Mental hospitals Bombay report 1921-28 - 1921-1928
Year: 1921
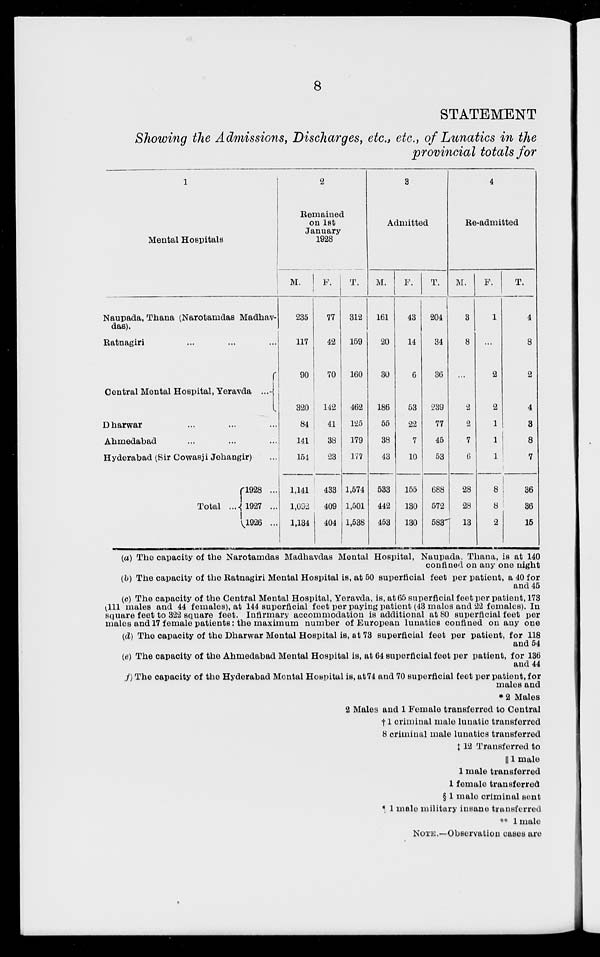
8
STATEMENT
Showing the Admissions, Discharges, etc., etc., of Lunatics in the
provincial totals for
1
Mental Hospitals
Naupada, Thana (Narotamdas Madhav¬
das).
Ratnagiri ... ... ...
Central Mental Hospital, Yeravda ...
Dharwar ... ... ...
Ahmedabad ... ... ...
Hyderabad (Sir Cowasji Jehangir) ...
Total ...
l928 ...
1927 ...
1926 ...
2
Remained
on 1st
January
1928
M.
235
117
90
320
84
141
151
1,141
1,092
1,134
F.
77
42
70
142
41
38
23
433
409
404
T.
312
159
160
462
125
179
177
1,574
1,501
1,538
3
Admitted
M.
161
20
30
186
55
38
43
533
442
453
F.
43
14
6
53
22
7
10
155
130
130
T.
204
34
36
239
77
45
53
688
572
583
4
Re-admitted
M.
3
8
...
2
2
7
6
28
28
13
F.
1
...
2
2
1
1
1
8
8
2
T.
4
8
2
4
3
8
7
36
36
15
(a) The capacity of the Narotamdas Madhavdas Mental Hospital, Naupada, Thana, is at 140
confined on any one night
(b) The capacity of the Ratnagiri Mental Hospital is, at 50 superficial feet per patient, a 40 for
and 45
(c) The capacity of the Central Mental Hospital, Yeravda, is, at 65 superficial feet per patient, 173
111 males and 44 females), at 144 superficial feet per paying patient (43 males and 22 females). In
square feet to 322 square feet. Infirmary accommodation is additional at 80 superficial feet per
males and 17 female patients: the maximum number of European lunatics confined on any one
(d) The capacity of the Dharwar Mental Hospital is, at 73 superficial feet per patient, for 118
and 54
(e) The capacity of the Ahmedabad Mental Hospital is, at 64 superficial feet per patient, for 136
and 44
(f) The capacity of the Hyderabad Mental Hospital is, at 74 and 70 superficial feet per patient, for
males and
* 2 Males
2 Males and 1 Female transferred to Central
†1 criminal male lunatic transferred
8 criminal male lunatics transferred
‡ 12 Transferred to
|| 1 male
1 male transferred
1 female transferred
§ 1 male criminal sent
¶ 1 male military insane transferred
** 1 male
NOTE.—Observation cases are